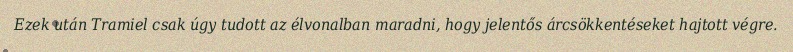
Ezek után Tramiel csak úgy tudott az élvonalban maradni, hogy jelentős árcsökkentéseket hajtott végre.